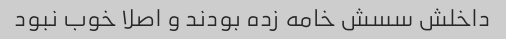
داخلش سسش خامه زده بودند و اصلا خوب نبود